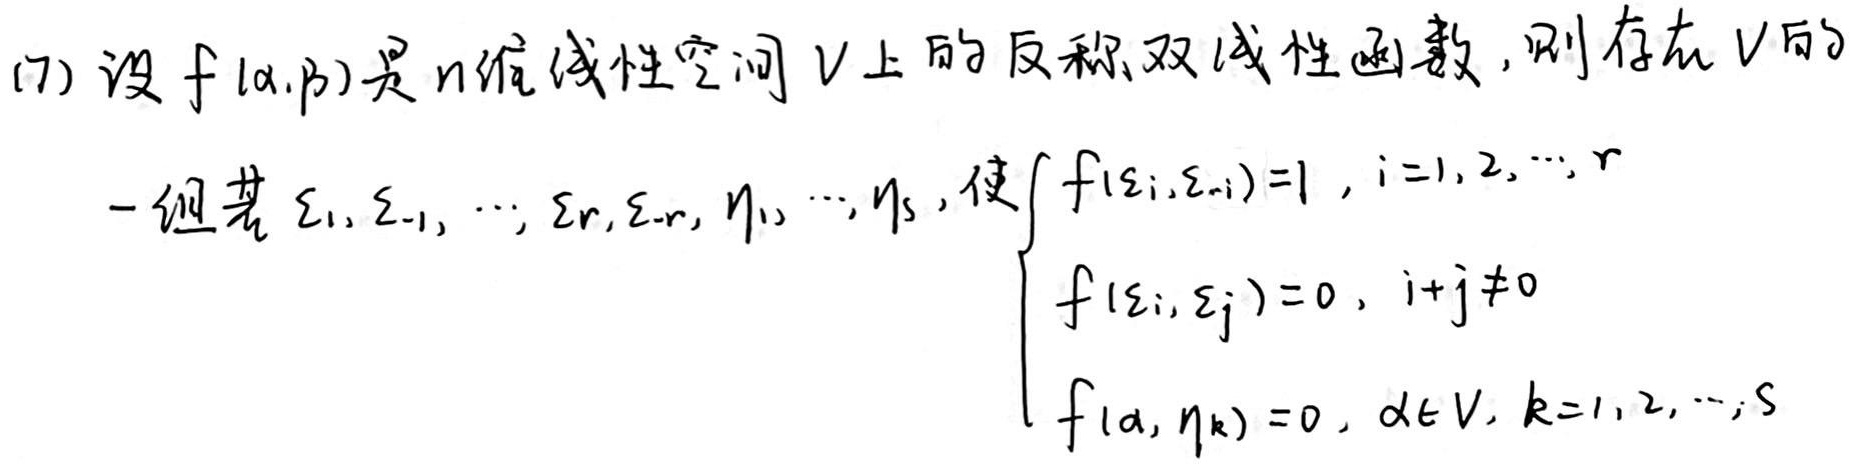
(7) 设 \(f(\alpha,\beta)\) 是 \(n\) 维线性空间 \(V\) 上的反称双线性函数，则存在 \(V\) 的
一组基 \(\xi_{1},\xi_{-1},\cdots,\xi_{r},\xi_{-r},\eta_{1},\cdots,\eta_{s}\)，使\(\begin{cases}
f(\xi_{i},\xi_{-i}) = 1, &i = 1,2,\cdots,r\\
f(\xi_{i},\xi_{j}) = 0, &i + j\neq0\\
f(\alpha,\eta_{k}) = 0, &\alpha\in V,k = 1,2,\cdots,s
\end{cases}\)